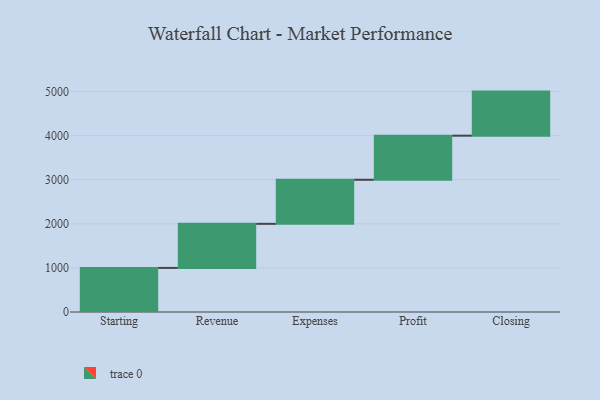
{"axis": {"x": "Step", "y": "Value"}, "legend": [""], "data": [{"x": "Starting", "y": 1000, "type": ""}, {"x": "Revenue", "y": 1000, "type": ""}, {"x": "Expenses", "y": 1000, "type": ""}, {"x": "Profit", "y": 1000, "type": ""}, {"x": "Closing", "y": 1000, "type": ""}]}